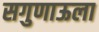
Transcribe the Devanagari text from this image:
सगुणाऊला